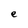
Character: e